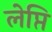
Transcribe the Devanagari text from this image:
लेप्ति